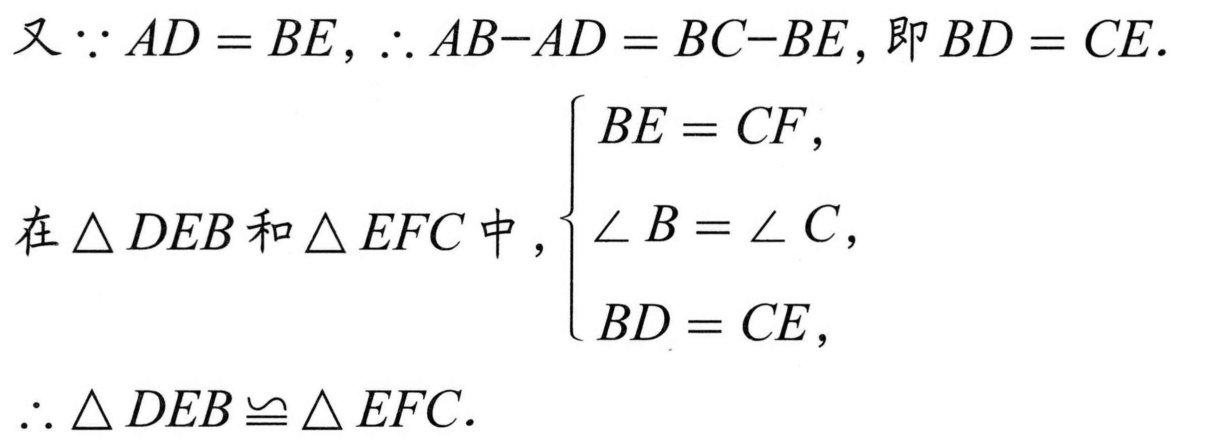
又\(\because AD = BE\)，\(\therefore AB - AD = BC - BE\)，即\(BD = CE\).
在\(\triangle DEB\)和\(\triangle EFC\)中，\(\begin{cases}
BE = CF,\\
\angle B = \angle C,\\
BD = CE,
\end{cases}\)
\(\therefore \triangle DEB\cong\triangle EFC\).